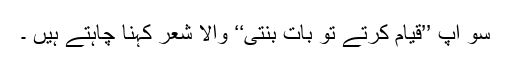
سو آپ ’’قیام کرتے تو بات بنتی‘‘ والا شعر کہنا چاہتے ہیں ۔